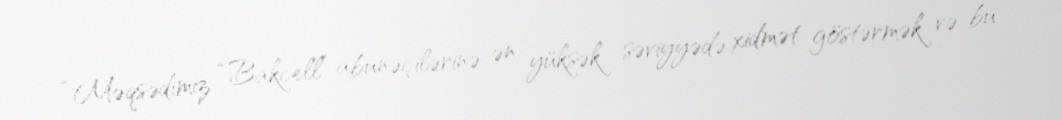
“Məqsədimiz “Bakcell” abunəçilərinə ən yüksək səviyyədə xidmət göstərmək və bu